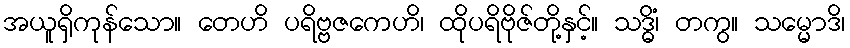
အယူရှိကုန်သော။ တေဟိ ပရိဗ္ဗဇကေဟိ၊ ထိုပရိဗိုဇ်တို့နှင့်။ သဒ္ဓိံ၊ တကွ။ သမ္မောဒိ၊